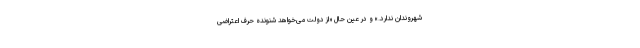
شهروندان ندارد.» و در عین حال «از دولت می‌خواهد شنونده حرف اعتراضی